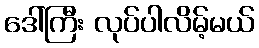
ဒေါ်ကြီး လုပ်ပါလိမ့်မယ်